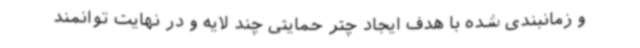
و زمانبندی شده با هدف ایجاد چتر حمایتی چند لایه و در نهایت توانمند